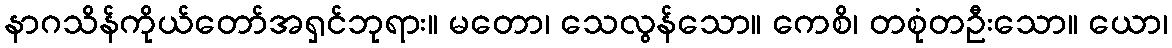
နာဂသိန်ကိုယ်တော်အရှင်ဘုရား။ မတော၊ သေလွန်သော။ ကေစိ၊ တစုံတဦးသော။ ယော၊